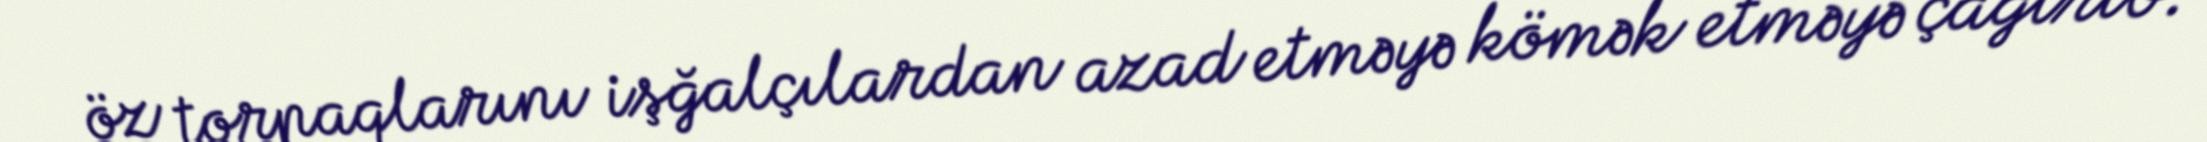
öz torpaqlarını işğalçılardan azad etməyə kömək etməyə çağırıb.